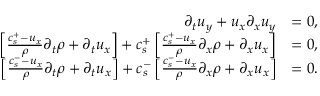
\begin{array} { r l } { \partial _ { t } u _ { y } + u _ { x } \partial _ { x } u _ { y } } & { = 0 , } \\ { \left[ \frac { c _ { s } ^ { + } - u _ { x } } { \rho } \partial _ { t } \rho + \partial _ { t } u _ { x } \right] + c _ { s } ^ { + } \left[ \frac { c _ { s } ^ { + } - u _ { x } } { \rho } \partial _ { x } \rho + \partial _ { x } u _ { x } \right] } & { = 0 , } \\ { \left[ \frac { c _ { s } ^ { - } - u _ { x } } { \rho } \partial _ { t } \rho + \partial _ { t } u _ { x } \right] + c _ { s } ^ { - } \left[ \frac { c _ { s } ^ { - } - u _ { x } } { \rho } \partial _ { x } \rho + \partial _ { x } u _ { x } \right] } & { = 0 . } \end{array}